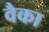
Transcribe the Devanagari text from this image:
वैका